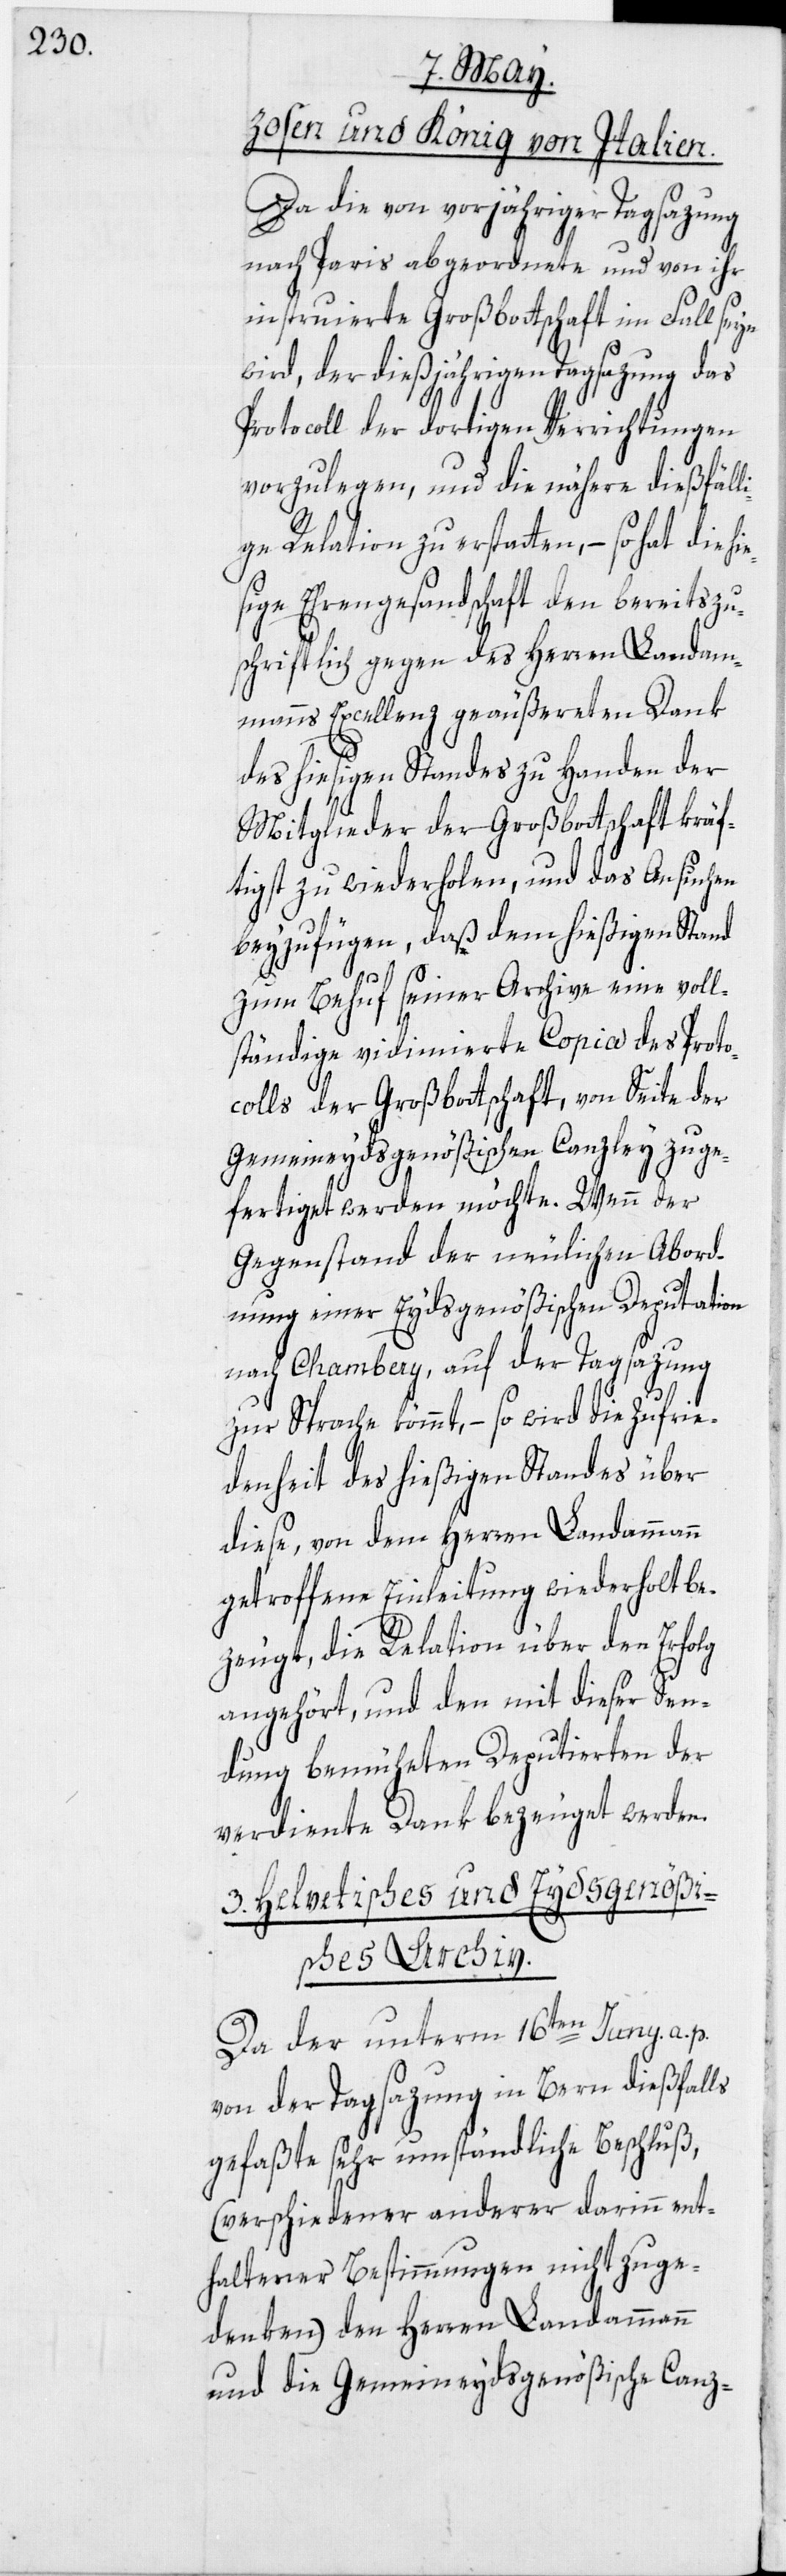
zosen und König von Italien.
Da die von vorjähriger Tagsazung
nach Paris abgeordnete und von ihr
instruierte Großbottschaft im Fall seyn
wird, der dießjährigen Tagsazung das
Protocoll der dortigen Verrichtungen
vorzulegen, und die nähere dießfälli¬
ge Relation zu erstatten, – so
sige Ehrengesandschaft den bereits zu¬
schriftlich gegen des Herren Landam¬
manns Excellenz geäußereten Dank
des hiesigen Standes zu Handen der
Mitglieder der Großbottschaft kräf¬
tigst zu wiederholen, und das Ansuchen
beyzufügen, daß dem hießigen Stand
zum Behuf seiner Archive eine voll¬
ständige vidimierte Copia des Proto¬
colls der Großbottschaft, von Seite der
Gemeineydsgenößischen Canzley zuge¬
fertiget werden möchte. Wenn der
Gegenstand der neulichen Abord¬
nung einer Eydsgenößischen Deputation
nach Chambery, auf der Tagsazung
zur Sprache kömmt, – so wird die Zufrie¬
denheit des hießigen Standes über
diese, von dem Herren Landammann
getroffene Einleitung wiederholt be¬
zeugt, die Relation über den Erfolg
angehört, und den mit dieser Sen¬
dung bemüheten Deputierten der
verdiente Dank bezeuget werden.
3. Helvetisches und Eydsgenößi¬
sches Archiv.
Da der unterm 16ten Juny a. p.
von der Tagsazung in Bern dießfalls
gefaßte sehr umständliche Beschluß,
(verschiedener anderer darinn ent¬
haltener Bestimmungen nicht zu ge¬
denken) den Herren Landammann
und die Gemeineydsgenößische Canz-